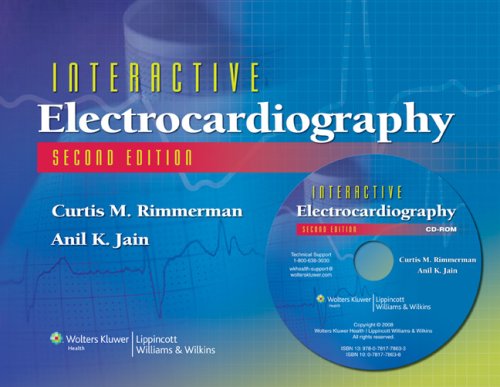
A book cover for Interactive Electrocardiography: CD-ROM with Workbook; Curtis M. Rimmerman MD; Medical Books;